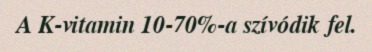
A K-vitamin 10-70%-a szívódik fel.